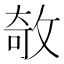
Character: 𢽽